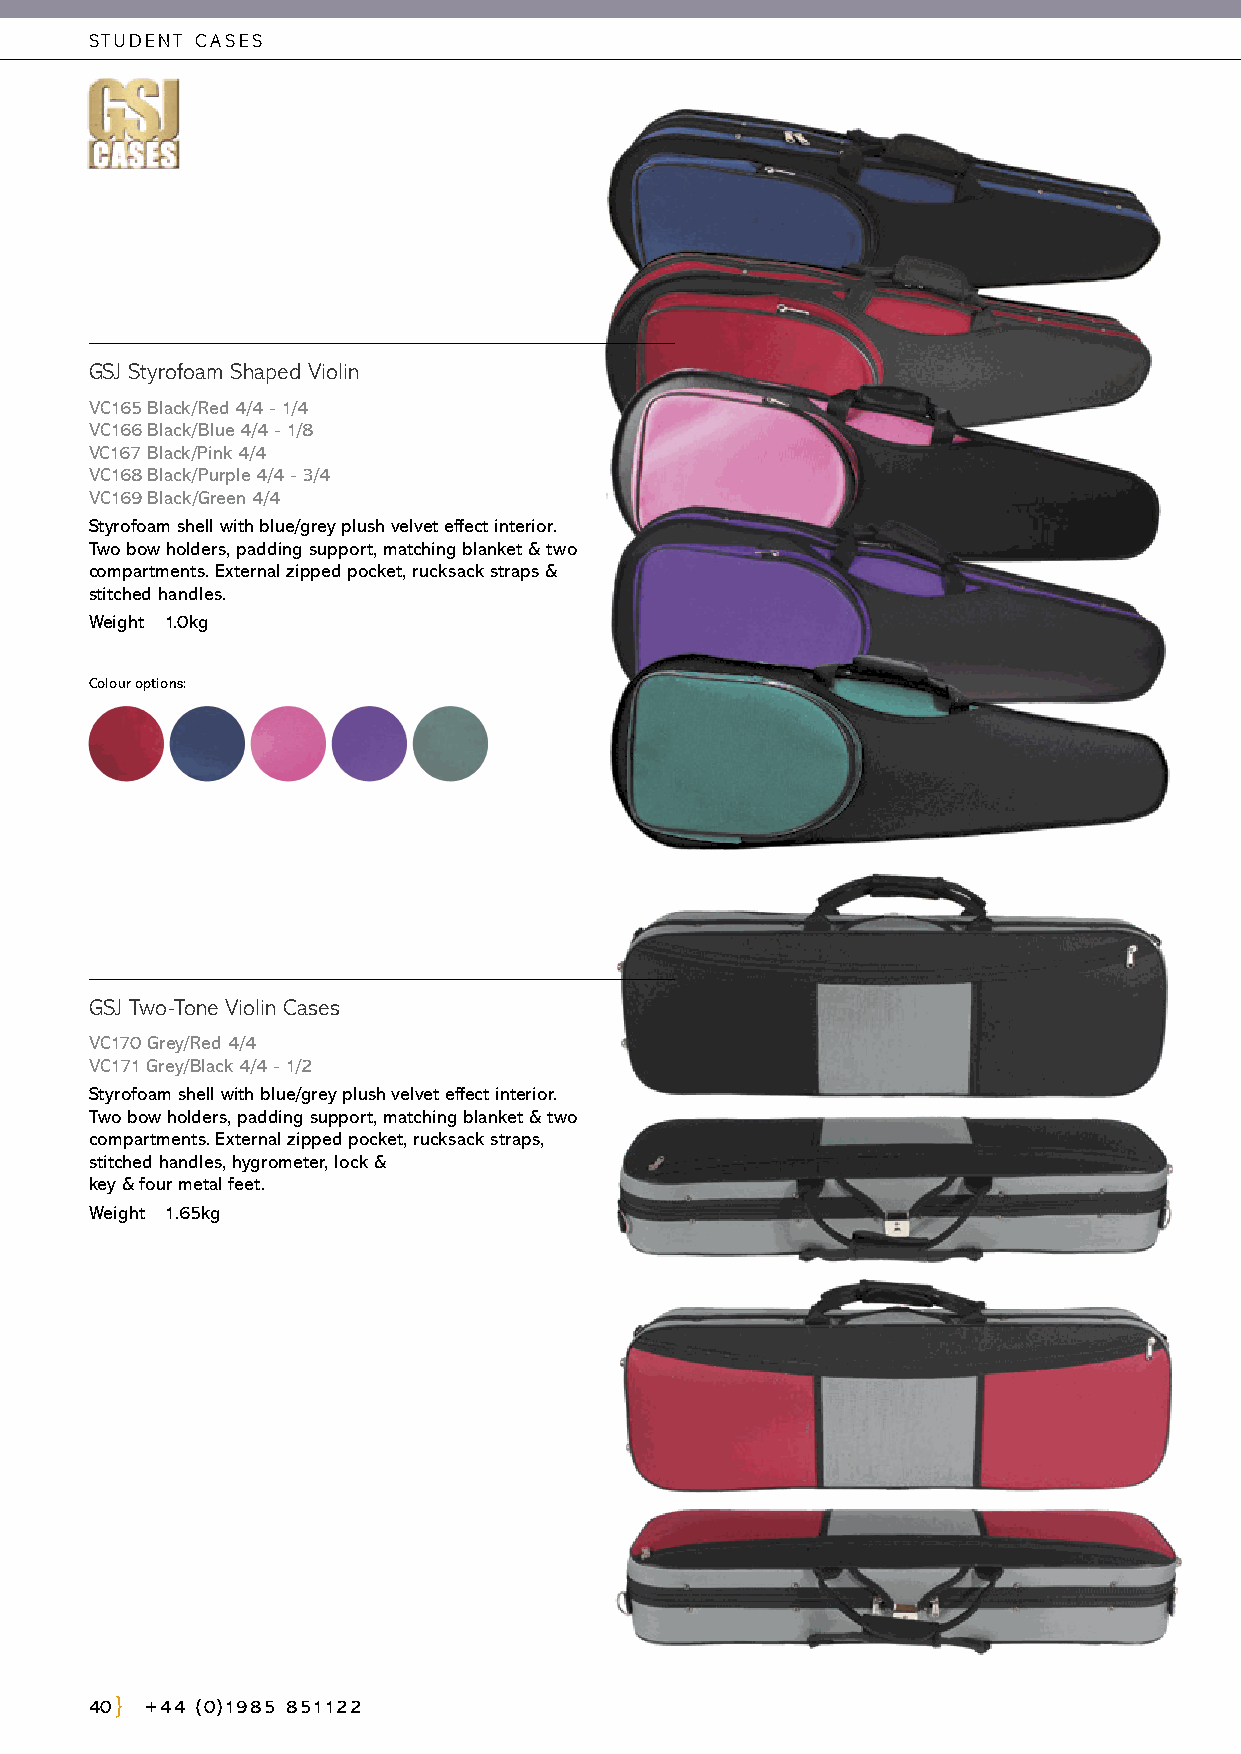
STUDENT CASES
 GSJ Styrofoam Shaped Violin
 VC165 Black/Red 4/4 - 1/4
 VC166 Black/Blue 4/4 - 1/8
 VC167 Black/Pink 4/4
 VC168 Black/Purple 4/4 - 3/4
 VC169 Black/Green 4/4
 Styrofoam shell with blue/grey plush velvet effect interior.
 Two bow holders, padding support, matching blanket & two
 compartments. External zipped pocket, rucksack straps &
 stitched handles.
 Weight 1.0kg
 Colour options:
 GSJ Two-Tone Violin Cases
 VC170 Grey/Red 4/4
 VC171 Grey/Black 4/4 - 1/2
 Styrofoam shell with blue/grey plush velvet effect interior.
 Two bow holders, padding support, matching blanket & two
 compartments. External zipped pocket, rucksack straps,
 stitched handles, hygrometer, lock &
 key & four metal feet.
 Weight 1.65kg
 40  +44 (0)1985 851122